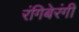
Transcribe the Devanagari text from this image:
रंगिबेरंगी